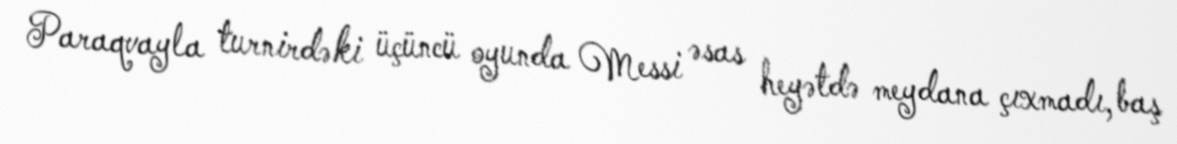
Paraqvayla turnirdəki üçüncü oyunda Messi əsas heyətdə meydana çıxmadı, baş